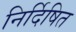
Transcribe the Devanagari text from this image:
निर्दिषित